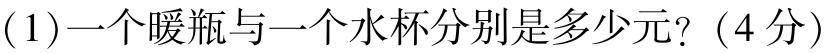
(1)一个暖瓶与一个水杯分别是多少元?（4分）